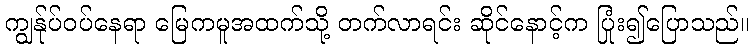
ကျွန်ုပ်ဝပ်နေရာ မြေကမူအထက်သို့ တက်လာရင်း ဆိုင်နောင့်က ပြုံး၍ပြောသည်။